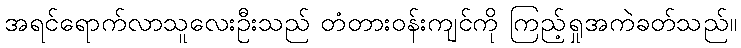
အရင်ရောက်လာသူလေးဦးသည် တံတားဝန်းကျင်ကို ကြည့်ရှုအကဲခတ်သည်။